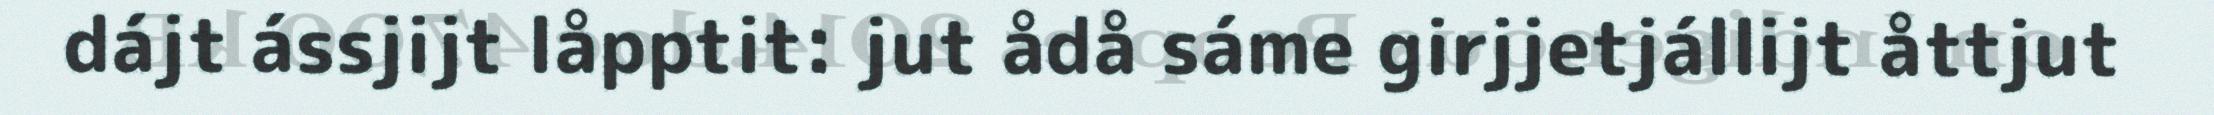
dájt ássjijt låpptit: jut ådå sáme girjjetjállijt åttjut